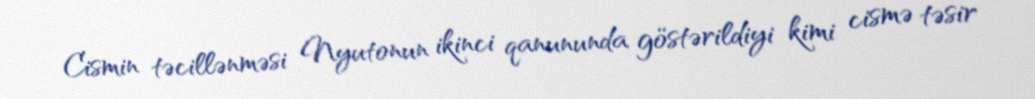
Cismin təcillənməsi Nyutonun ikinci qanununda göstərildiyi kimi cismə təsir